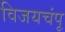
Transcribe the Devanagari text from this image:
विजयचंपू